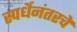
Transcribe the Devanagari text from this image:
स्पर्धेनंतरचे